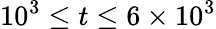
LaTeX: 10^{3}\leq t\leq 6\times 10^{3}